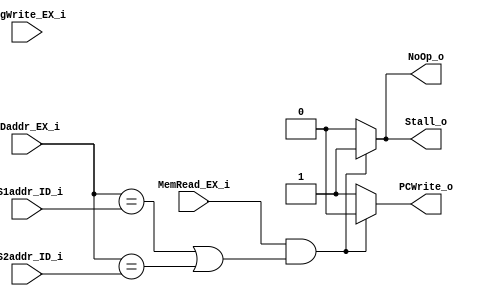
module Hazard_Detection
(
    RDaddr_EX_i,
    RS1addr_ID_i,
    RS2addr_ID_i,
    RegWrite_EX_i,
    MemRead_EX_i,
    PCWrite_o,
    Stall_o,
    NoOp_o
);

input   [4:0]       RDaddr_EX_i, RS1addr_ID_i, RS2addr_ID_i;
input               RegWrite_EX_i, MemRead_EX_i;
output              PCWrite_o, Stall_o, NoOp_o;

reg                 PCWrite_o, Stall_o, NoOp_o;

always @(RDaddr_EX_i or RS1addr_ID_i or RS2addr_ID_i) begin
	if (MemRead_EX_i && (RDaddr_EX_i == RS1addr_ID_i || RDaddr_EX_i == RS2addr_ID_i)) begin
		PCWrite_o <= 0;
		Stall_o <= 1;
		NoOp_o <= 1;
	end
	else begin
		PCWrite_o <= 1;
		Stall_o <= 0;
		NoOp_o <= 0;
	end
end


endmodule